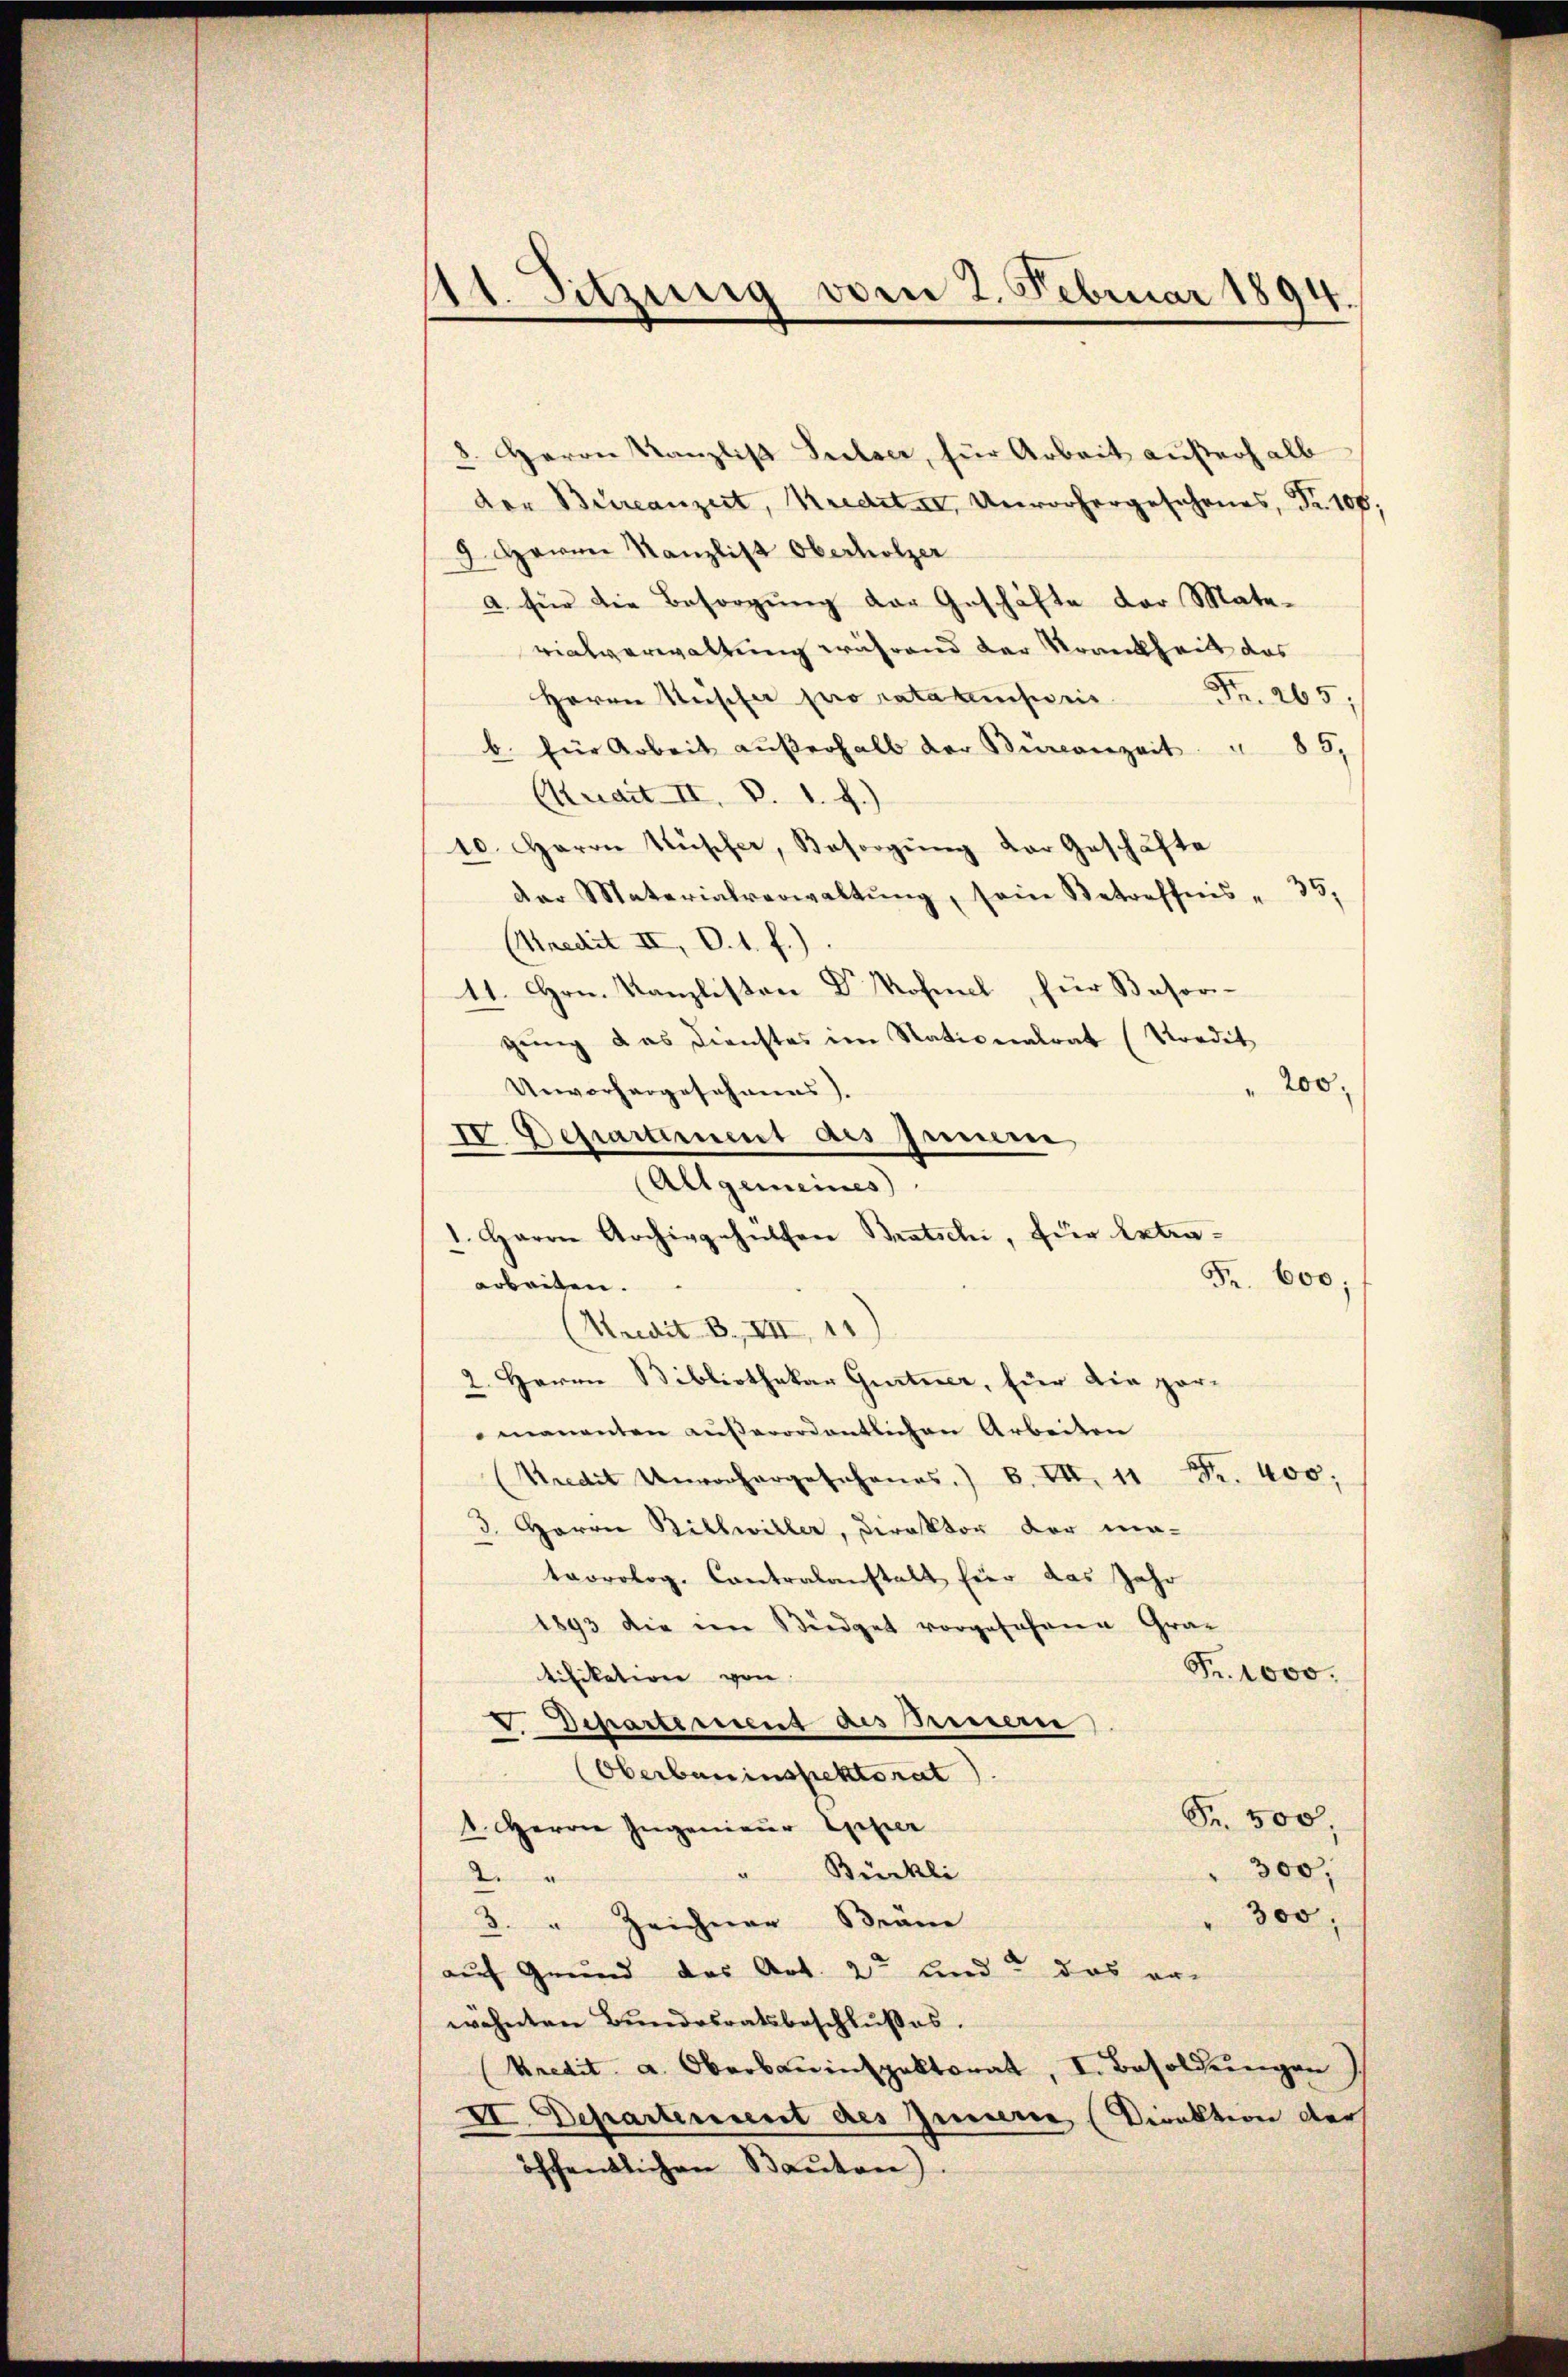
4t. Sitzung von 2. Februar 1894.

8. Herrn Kanzlist Seelser, für Arbeit außerhalb
der Büreanzeit, Kredite, Unvorhergesehenes, Fr. 100;
2. Herrrn Kanzlist Oberholzer
a für die Besorgung der Geschäfte der Mate-
vialverwaltung während der Krankheilt das
Herrn Rüscher pro ratammheit Fr. 265.
b. für Arbeit aŭβerhalb der Bronzeit " 85,
Cuait II. B. 1. f.)
10. Haron Rüscher, Besorgung der Geschäfte
der Materialverwaltŭng, sein Betreffnis " 30,
(Kredit II, d. 1. f.)
11. Hrn. Kanzlisten Dr Rosinel, für Besorgung das Dienstes im Nationalrat (Vordit
Unvorhergeschauens).
IV. Departiment des Innern
(Allgemeines
1. Herrn Archivgehülfen Bratschi, für Ertraarbeiten.
2. Herrn Bibliothekar Gentner, für die parmanenten außerordentlichen Arbeiten
Kredit Unvorhergesehenes. B. VII. 11 Fr. 400;
3. Herrn Billwiller, Direktor der ma-
teorolog. Contralanstalt hier das Jahr
1893 die im Büdget vorgefahren Gra¬
Fr. 1000.
tifikation von
 Departement des Innern
Oberbauinspektorat
Fr. 500.
1. Herrn Ingenieur Exper
" 300,
Bürkli
2
" 300,
3. " Zeichner Brän
auf Grund des Art. 2te und das er-
wohnten Bundesratsbeschlußes.
(Kredit. a. Oberbauinspektorat, I. Besoldungen
VI. Departement des Innern (Direktion der
öffentlichen Bauten).

(Kredit 3., VII 11

" 200.

Fr. 600;